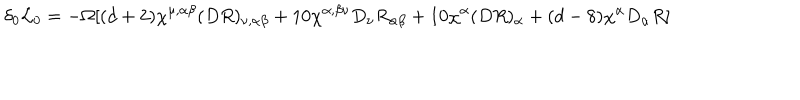
LaTeX: \delta _ { 0 } { \cal L } _ { 0 } = - \Omega [ ( d + 2 ) \chi ^ { \mu , \alpha \beta } ( D R ) _ { \nu , \alpha \beta } + 1 0 \chi ^ { \alpha , \beta \nu } D _ { \nu } R _ { \alpha \beta } + 1 0 \chi ^ { \alpha } ( D R ) _ { \alpha } + ( d - 8 ) \chi ^ { \alpha } D _ { \alpha } R ]